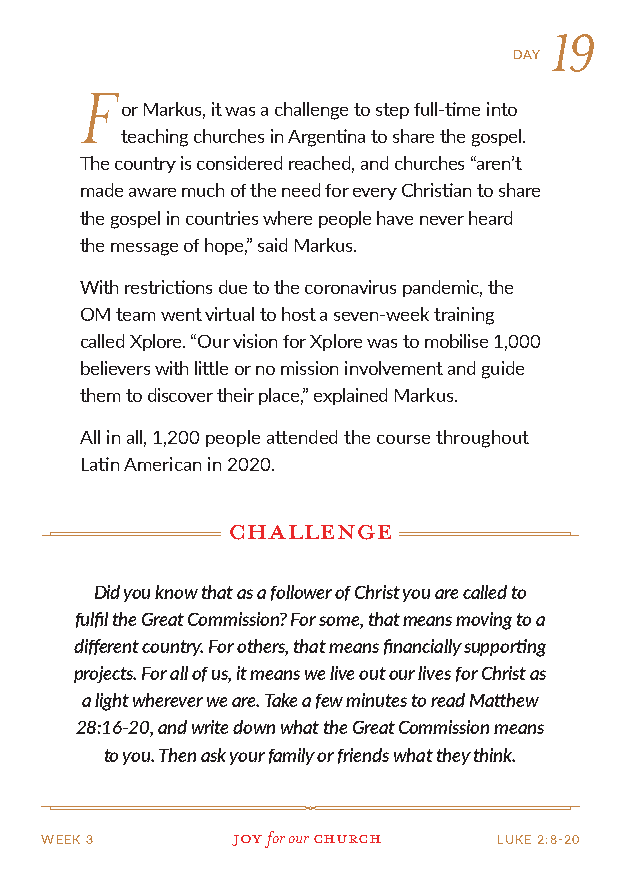
19
 DAY
 F
 or Markus, it was a challenge to step full-time into
 teaching churches in Argentina to share the gospel.
 The country is considered reached, and churches “aren’t
 made aware much of the need for every Christian to share
 the gospel in countries where people have never heard
 the message of hope,” said Markus.
 With restrictions due to the coronavirus pandemic, the
 OM team went virtual to host a seven-week training
 called Xplore. “Our vision for Xplore was to mobilise 1,000
 believers with little or no mission involvement and guide
 them to discover their place,” explained Markus.
 All in all, 1,200 people attended the course throughout
 Latin American in 2020.
 challenge
 Did you know that as a follower of Christ you are called to
 fulfil the Great Commission? For some, that means moving to a
 different country. For others, that means financially supporting
 projects. For all of us, it means we live out our lives for Christ as
 a light wherever we are. Take a few minutes to read Matthew
 28:16-20, and write down what the Great Commission means
 to you. Then ask your family or friends what they think.
 WEEK 3      Joy for our church LUKE 2:8-20